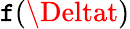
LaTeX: \mathtt{f}(\Deltat)